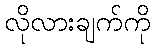
လိုလားချက်ကို